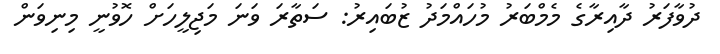
ދުވާފަރު ދާއިރާގެ މެމްބަރު މުހައްމަދު ޒުބައިރު: ސަތާރަ ވަނަ މަޖިލީހަށް ހޮވުނީ މިނިވަން